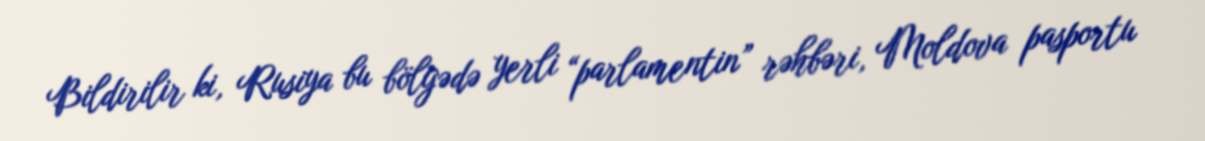
Bildirilir ki, Rusiya bu bölgədə yerli “parlamentin” rəhbəri, Moldova pasportu